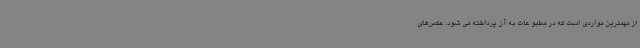
از مهمترین مواردی است که در مطبو عات به آن پرداخته می شود. عکس‌های